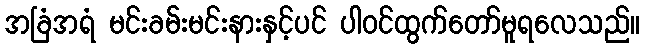
အခြံအရံ မင်းခမ်းမင်းနားနှင့်ပင် ပါဝင်ထွက်တော်မူရလေသည်။